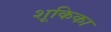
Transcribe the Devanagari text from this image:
शूकिका